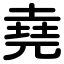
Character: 堯